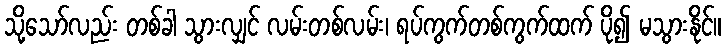
သို့သော်လည်း တစ်ခါ သွားလျှင် လမ်းတစ်လမ်း၊ ရပ်ကွက်တစ်ကွက်ထက် ပို၍ မသွားနိုင်။